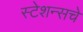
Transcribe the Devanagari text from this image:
स्टेशन्सचे